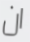
ان